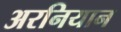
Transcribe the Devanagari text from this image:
अरनियान